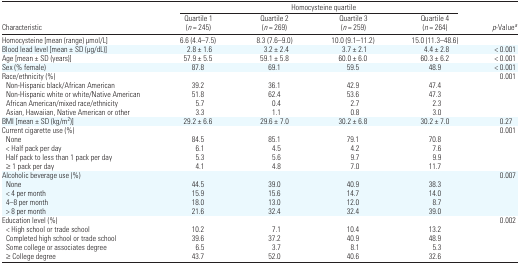
<table><thead><tr><td></td><td colspan="4"><b>Homocysteine quartile</b></td><td></td></tr><tr><td><b>Characteristic</b></td><td><b>Quartile 1 (<i>n</i> = 245)</b></td><td><b>Quartile 2 (<i>n</i> = 269)</b></td><td><b>Quartile 3 (<i>n</i> = 259)</b></td><td><b>Quartile 4 (<i>n</i> = 264)</b></td><td><b><i>p</i>-Value<i><sup>a</sup></i></b></td></tr></thead><tbody><tr><td>Homocysteine [mean (range) μmol/L]</td><td>6.6 (4.4–7.5)</td><td>8.3 (7.6–9.0)</td><td>10.0 (9.1–11.2)</td><td>15.0 (11.3–48.6)</td><td></td></tr><tr><td>Blood lead level [mean ± SD (μg/dL)]</td><td>2.8 ± 1.6</td><td>3.2 ± 2.4</td><td>3.7 ± 2.1</td><td>4.4 ± 2.8</td><td>&lt; 0.001</td></tr><tr><td>Age [mean ± SD (years)]</td><td>57.9 ± 5.5</td><td>59.1 ± 5.8</td><td>60.0 ± 6.0</td><td>60.3 ± 6.2</td><td>&lt; 0.001</td></tr><tr><td>Sex (% female)</td><td>87.8</td><td>69.1</td><td>59.5</td><td>48.9</td><td>&lt; 0.001</td></tr><tr><td>Race/ethnicity (%)</td><td></td><td></td><td></td><td></td><td>0.001</td></tr><tr><td> Non-Hispanic black/African American</td><td>39.2</td><td>36.1</td><td>42.9</td><td>47.4</td><td></td></tr><tr><td> Non-Hispanic white or white/Native American</td><td>51.8</td><td>62.4</td><td>53.6</td><td>47.3</td><td></td></tr><tr><td> African American/mixed race/ethnicity</td><td>5.7</td><td>0.4</td><td>2.7</td><td>2.3</td><td></td></tr><tr><td> Asian, Hawaiian, Native American or other</td><td>3.3</td><td>1.1</td><td>0.8</td><td>3.0</td><td></td></tr><tr><td>BMI [mean ± SD (kg/m<sup>2</sup>)]</td><td>29.2 ± 6.6</td><td>29.6 ± 7.0</td><td>30.2 ± 6.8</td><td>30.2 ± 7.0</td><td>0.27</td></tr><tr><td>Current cigarette use (%)</td><td></td><td></td><td></td><td></td><td>0.001</td></tr><tr><td> None</td><td>84.5</td><td>85.1</td><td>79.1</td><td>70.8</td><td></td></tr><tr><td> &lt; Half pack per day</td><td>6.1</td><td>4.5</td><td>4.2</td><td>7.6</td><td></td></tr><tr><td> Half pack to less than 1 pack per day</td><td>5.3</td><td>5.6</td><td>9.7</td><td>9.9</td><td></td></tr><tr><td> ≥ 1 pack per day</td><td>4.1</td><td>4.8</td><td>7.0</td><td>11.7</td><td></td></tr><tr><td>Alcoholic beverage use (%)</td><td></td><td></td><td></td><td></td><td>0.007</td></tr><tr><td> None</td><td>44.5</td><td>39.0</td><td>40.9</td><td>38.3</td><td></td></tr><tr><td> &lt; 4 per month</td><td>15.9</td><td>15.6</td><td>14.7</td><td>14.0</td><td></td></tr><tr><td> 4–8 per month</td><td>18.0</td><td>13.0</td><td>12.0</td><td>8.7</td><td></td></tr><tr><td> &gt; 8 per month</td><td>21.6</td><td>32.4</td><td>32.4</td><td>39.0</td><td></td></tr><tr><td>Education level (%)</td><td></td><td></td><td></td><td></td><td>0.002</td></tr><tr><td> &lt; High school or trade school</td><td>10.2</td><td>7.1</td><td>10.4</td><td>13.2</td><td></td></tr><tr><td> Completed high school or trade school</td><td>39.6</td><td>37.2</td><td>40.9</td><td>48.9</td><td></td></tr><tr><td> Some college or associates degree</td><td>6.5</td><td>3.7</td><td>8.1</td><td>5.3</td><td></td></tr><tr><td> ≥ College degree</td><td>43.7</td><td>52.0</td><td>40.6</td><td>32.6</td><td></td></tr></tbody></table>